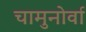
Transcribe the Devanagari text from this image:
चामुनोर्वा